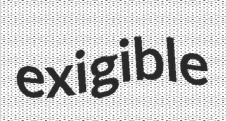
exigible